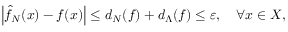
\begin{array} { r } { \left| \hat { f } _ { N } ( x ) - f ( x ) \right| \le d _ { N } ( f ) + d _ { \Lambda } ( f ) \le \varepsilon , \ \ \ \forall x \in { \cal { X } } , } \end{array}